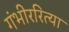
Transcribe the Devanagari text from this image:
गंभीररित्या